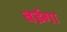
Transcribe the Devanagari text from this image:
बईगा